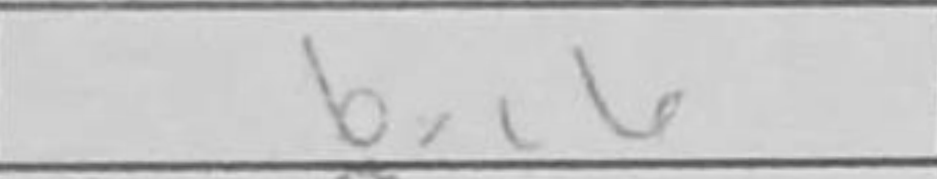
Transcription: bxc6